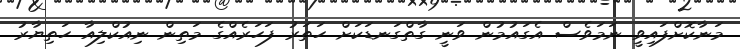
މަނާކޮށްފައިވީ ނަމަވެސް އެގައުމުން ވަނީ ގާތްގަނޑަކަށް ހަތަރު ފަހަރެއްގެ މަތިން ނިއުކްލިއާ ހަތިޔާރު